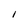
Character: i